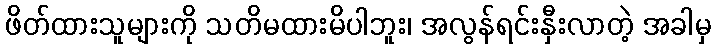
ဖိတ်ထားသူများကို သတိမထားမိပါဘူး၊ အလွန်ရင်းနှီးလာတဲ့ အခါမှ